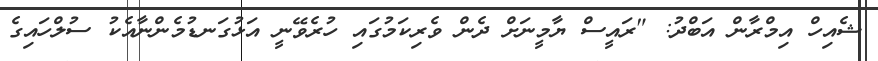
ޝެއިހް އިމްރާން އަބްދު: "ރައީސް ޔާމީނަށް ދެން ވެރިކަމުގައި ހުރެވޭނީ އަޅުގަނޑުމެންނާއެކު ސުލްހައިގެ